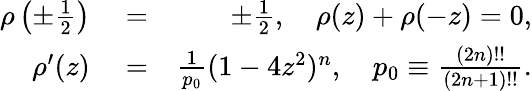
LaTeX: \begin{array}{rlr}{\rho\left(\pm\frac{1}{2}\right)}&{{}=}&{\pm\frac{1}{2},\quad\rho(z)+\rho(-z)=0,}\\ {\rho^{\prime}(z)}&{{}=}&{\frac{1}{p_{0}}(1-4z^{2})^{n},\quad p_{0}\equiv\frac{(2n)!!}{(2n+1)!!}.}\end{array}